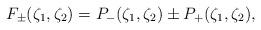
LaTeX: \begin{align*}F_\pm(\zeta_1,\zeta_2) = P_-(\zeta_1,\zeta_2)\pm P_+(\zeta_1,\zeta_2),\end{align*}